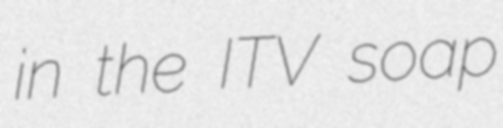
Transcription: in the ITV soap